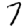
Digit: 7